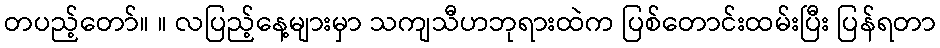
တပည့်တော်။ ။ လပြည့်နေ့များမှာ သကျသီဟဘုရားထဲက ပြစ်တောင်းထမ်းပြီး ပြန်ရတာ